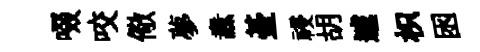
啜咬儆夢纛䑓祲胡遽枳囦